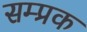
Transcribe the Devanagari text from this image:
सम्प्रक